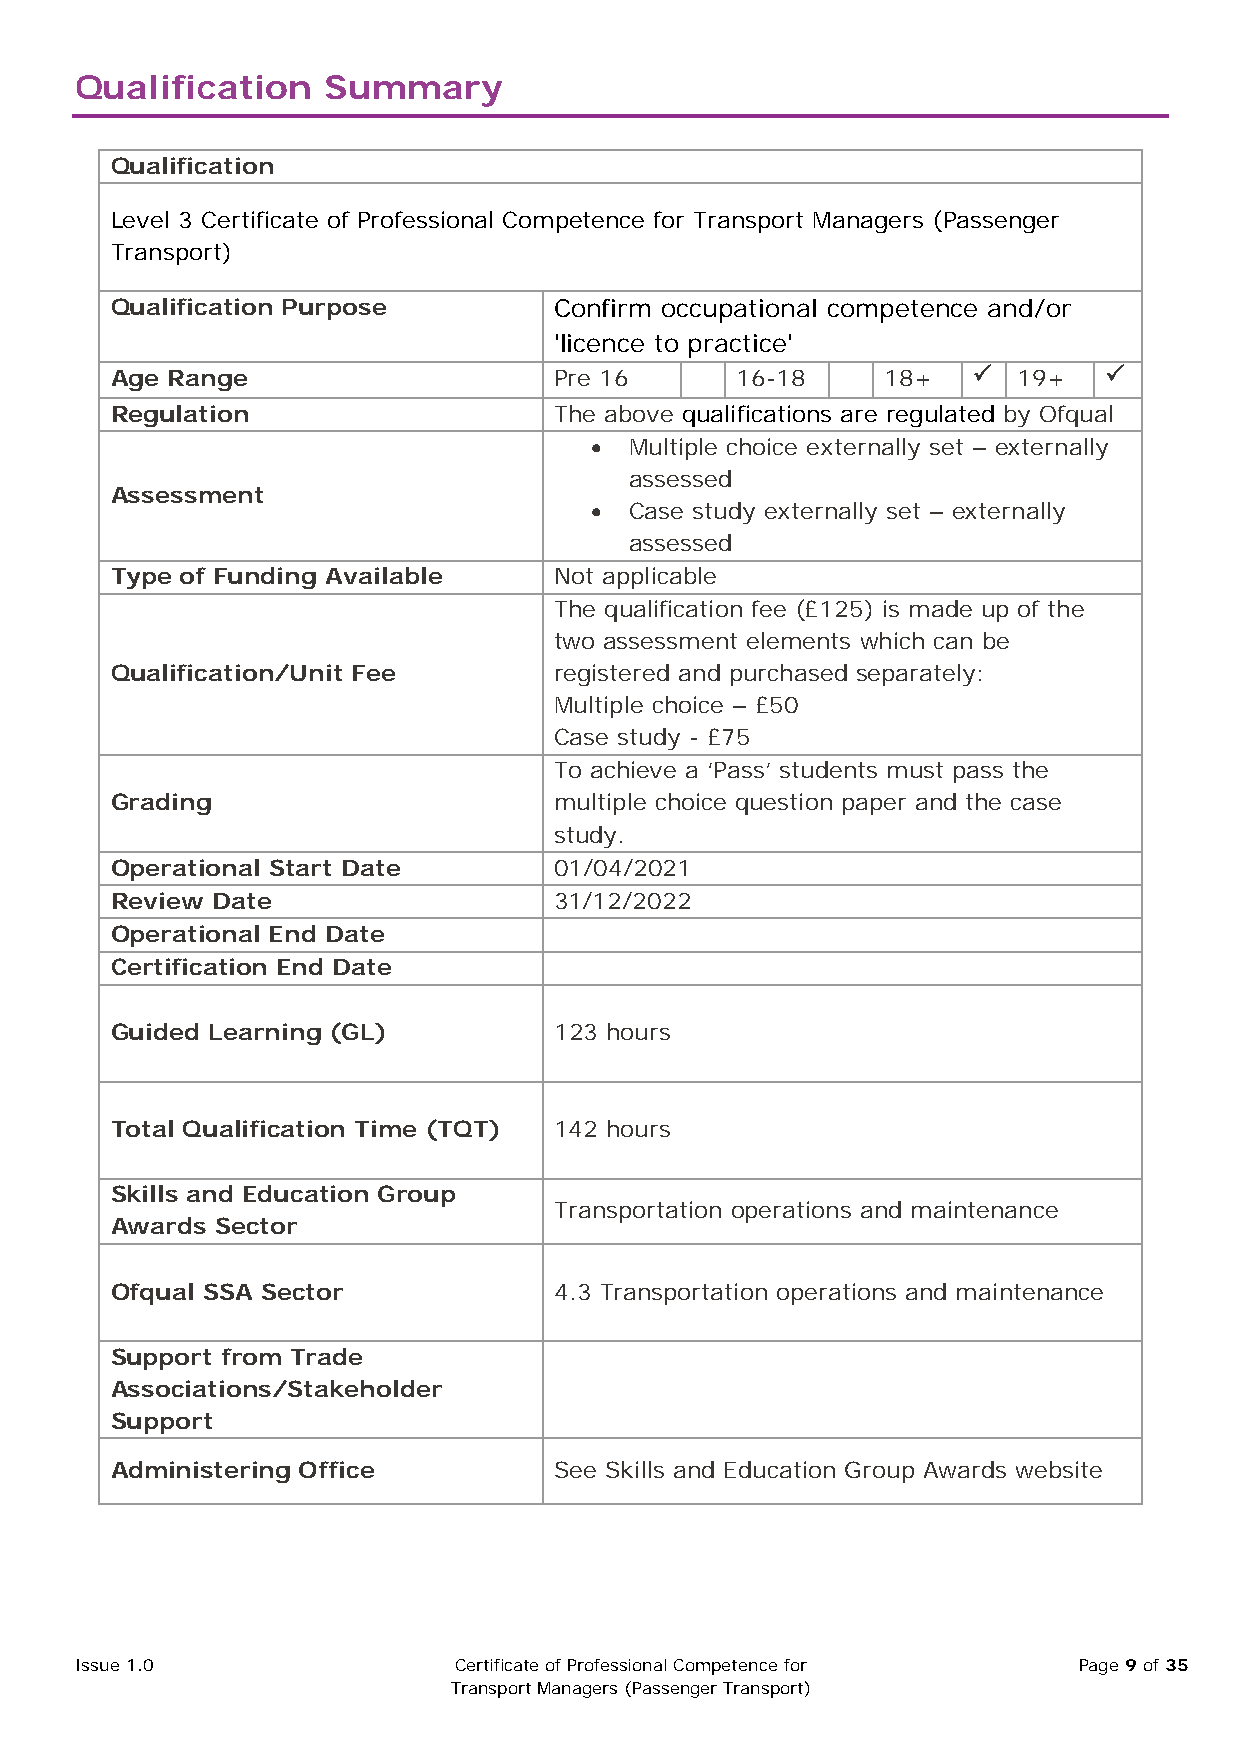
Qualification   Summary
 Qualification
 Level 3 Certificate of Professional Competence for Transport Managers (Passenger
 Transport)
 Qualification Purpose         Confirm occupational competence and/or
 'licence to practice'
 Age Range                     Pre 16      16-18     18+    19+   
 Regulation                    The above qualifications are regulated by Ofqual
 •  Multiple choice externally set – externally
 assessed
 Assessment
 •  Case study externally set – externally
 assessed
 Type of Funding Available     Not applicable
 The qualification fee (£125) is made up of the
 two assessment elements which can be
 Qualification/Unit Fee        registered and purchased separately:
 Multiple choice – £50
 Case study - £75
 To achieve a ‘Pass’ students must pass the
 Grading                       multiple choice question paper and the case
 study.
 Operational Start Date        01/04/2021
 Review Date                   31/12/2022
 Operational End Date
 Certification End Date
 Guided Learning (GL)          123 hours
 Total Qualification Time (TQT) 142 hours
 Skills and Education Group
 Transportation operations and maintenance
 Awards Sector
 Ofqual SSA Sector             4.3 Transportation operations and maintenance
 Support from Trade
 Associations/Stakeholder
 Support
 Administering Office          See Skills and Education Group Awards website
 Issue 1.0                Certificate of Professional Competence for Page 9 of 35
 Transport Managers (Passenger Transport)